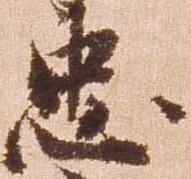
忠